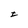
Character: I